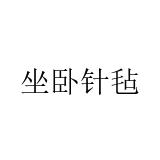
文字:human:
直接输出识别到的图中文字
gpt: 坐卧针毡